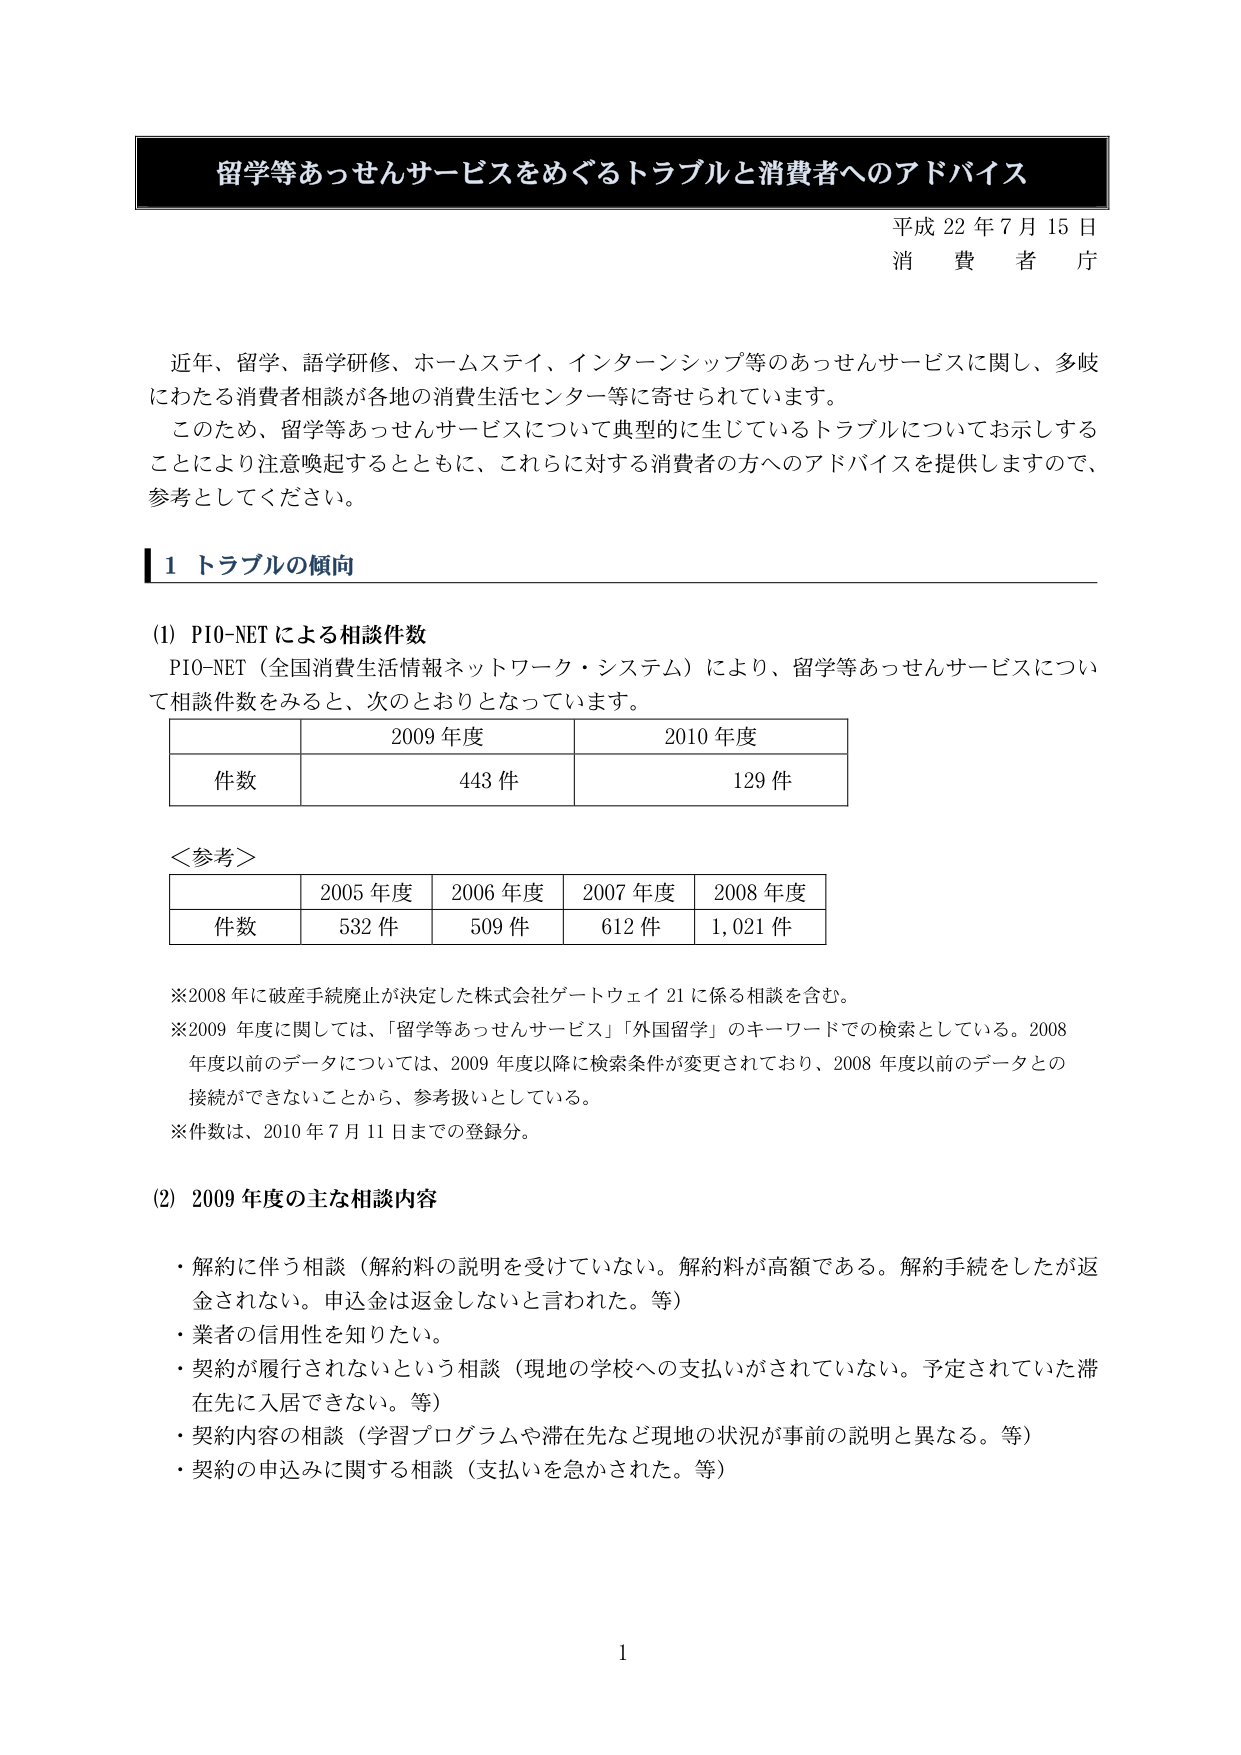
留学等あっせんサービスをめぐるトラブルと消費者へのアドバイス
平成 22 年 7 月 15 日
消費者庁

近年、留学、語学研修、ホームステイ、インターンシップ等のあっせんサービスに関し、多岐にわたる消費者相談が各地の消費生活センター等に寄せられています。
このため、留学等あっせんサービスについて典型的に生じているトラブルについてお示しすることにより注意喚起するとともに、これらに対する消費者の方へのアドバイスを提供しますので、参考としてください。

1 トラブルの傾向

(1) PIO-NET による相談件数
PIO-NET（全国消費生活情報ネットワーク・システム）により、留学等あっせんサービスについて相談件数をみると、次のとおりとなっています。

|  | 2009 年度 | 2010 年度 |
|---|---|---|
| 件数 | 443 件 | 129 件 |

＜参考＞

|  | 2005 年度 | 2006 年度 | 2007 年度 | 2008 年度 |
|---|---|---|---|---|
| 件数 | 532 件 | 509 件 | 612 件 | 1,021 件 |

※2008 年に破産手続廃止が決定した株式会社ゲートウェイ 21 に係る相談を含む。
※2009 年度に関しては、「留学等あっせんサービス」「外国留学」のキーワードでの検索としている。2008 年度以前のデータについては、2009 年度以降に検索条件が変更されており、2008 年度以前のデータとの接続ができないことから、参考扱いとしている。
※件数は、2010 年 7 月 11 日までの登録分。

(2) 2009 年度の主な相談内容
・解約に伴う相談（解約料の説明を受けていない。解約料が高額である。解約手続をしたが返金されない。申込金は返金しないと言われた。等）
・業者の信用性を知りたい。
・契約が履行されないという相談（現地の学校への支払いがされていない。予定されていた滞在先に入居できない。等）
・契約内容の相談（学習プログラムや滞在先など現地の状況が事前の説明と異なる。等）
・契約の申込みに関する相談（支払いを急かされた。等）

1